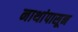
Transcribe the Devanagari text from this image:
नाथांपासून